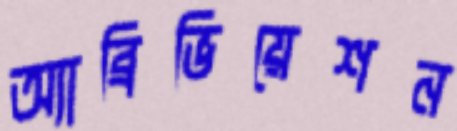
অ্যাব্রিভিয়েশন